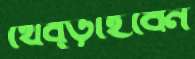
থেব্‌ড়াইবেন